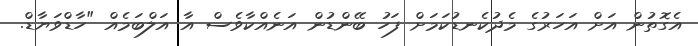
އެގޮތުން އަށް އަހަރުގެ މެދުކެނޑުކަމަށް ފަހު ބޭންޑުން އަނެއްކާވެސް އާ އަލްބަމެއް "ހާޑްވަޔާޑް.